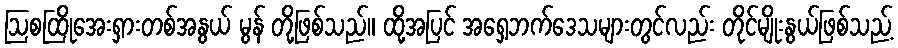
ဩစထြိုအေးရှားတစ်အနွယ် မွန် တို့ဖြစ်သည်။ ထို့အပြင် အရှေ့ဘက်ဒေသများတွင်လည်း တိုင်မျိုးနွယ်ဖြစ်သည့်